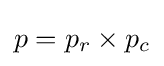
p=p_{r}\times p_{c}